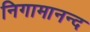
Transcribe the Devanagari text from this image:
निगामानन्द